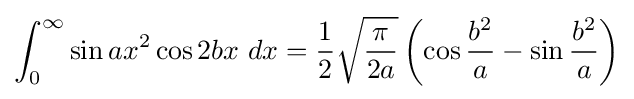
\int _{0}^{\infty }\sin ax^{2}\cos 2bx\ dx={\frac {1}{2}}{\sqrt {\frac {\pi }{2a}}}\left(\cos {\frac {b^{2}}{a}}-\sin {\frac {b^{2}}{a}}\right)